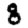
Digit: 8